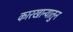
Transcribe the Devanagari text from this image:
कारखान्यातुन